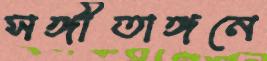
সঙ্গীতাঙ্গনে